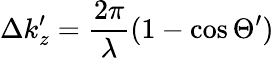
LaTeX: \Delta k_{z}^{\prime}=\frac{2\pi}{\lambda}(1-\cos\Theta^{\prime})